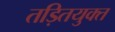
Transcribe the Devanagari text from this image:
तड़ितयुक्त